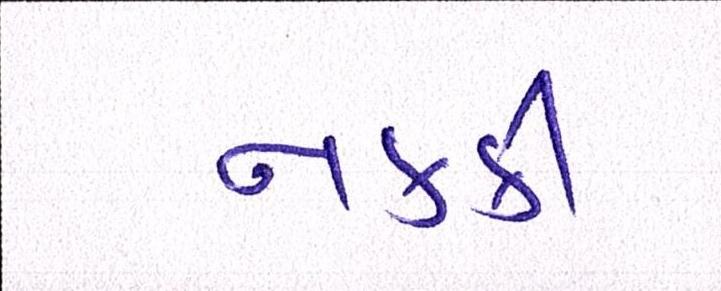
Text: નક્કી